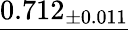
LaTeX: \underline{{0.712_{\pm 0.011}}}